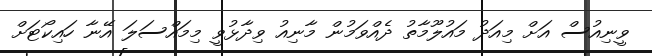
ވީނިއުސް އަށް މިއަދު މައުލޫމާތު ދެއްވަމުން މާނިއު ވިދާޅުވީ މިމައްސަލަ އޭނާ ހައިކޯޓަށް